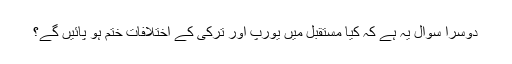
دوسرا سوال یہ ہے کہ کیا مستقبل میں یورپ اور ترکی کے اختلافات ختم ہو پائیں گے؟